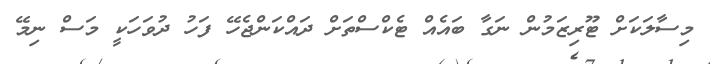
މިސާލަކަށް ޓޫރިޒަމުން ނަގާ ބައެއް ޓެކްސްތަށް ދައްކަންޖެހޭ ފަހު ދުވަހަކީ މަސް ނިމޭ